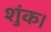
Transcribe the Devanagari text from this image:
शुंक।